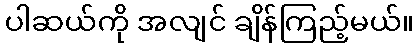
ပါဆယ်ကို အလျင် ချိန်ကြည့်မယ်။